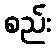
စည်း